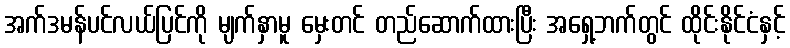
အက်ဒမန်ပင်လယ်ပြင်ကို မျက်နှာမူ မှေးတင် တည်ဆောက်ထားပြီး အရှေ့ဘက်တွင် ထိုင်းနိုင်ငံနှင့်